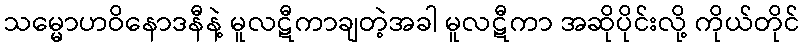
သမ္မောဟဝိနောဒနီနဲ့ မူလဋီကာချတဲ့အခါ မူလဋီကာ အဆိုပိုင်းလို့ ကိုယ်တိုင်